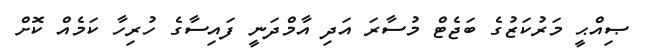
ޞިއްޙީ މަރުކަޒުގެ ބަޖެޓް މުސާރަ އަދި އާމްދަނީ ފައިސާގެ ހުރިހާ ކަމެއް ކޮށް